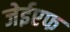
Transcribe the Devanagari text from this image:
जेईएफ